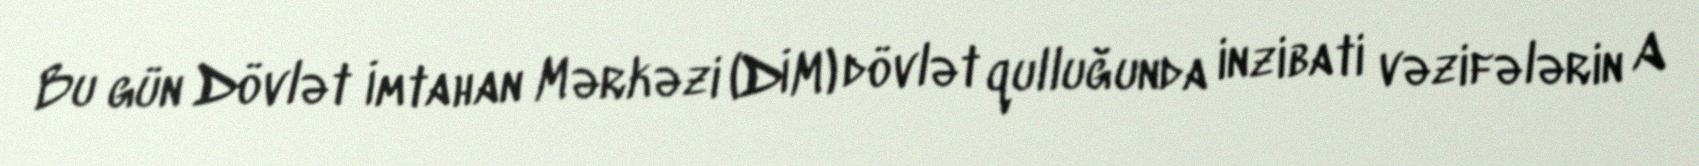
Bu gün Dövlət İmtahan Mərkəzi (DİM) dövlət qulluğunda inzibati vəzifələrin A